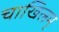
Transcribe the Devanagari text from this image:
चाखिलम्‌